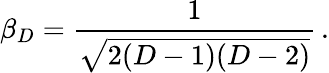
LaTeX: \beta_{D}=\frac{1}{\sqrt{2(D-1)(D-2)}}\, .